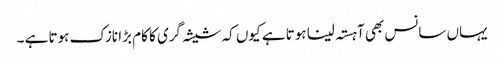
یہاں سانس بھی آہستہ لینا ہوتا ہے کیوں کہ شیشہ گری کا کام بڑا نازک ہوتا ہے ۔